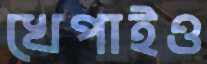
খেপাইও